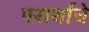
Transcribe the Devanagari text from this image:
परार्थाचे